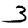
Digit: 3